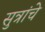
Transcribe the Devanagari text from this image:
सुत्रांचे